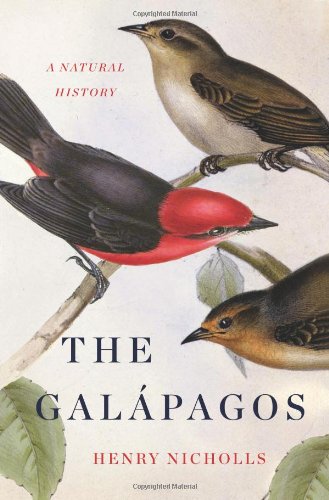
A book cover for The GalÃ¡pagos: A Natural History; Henry Nicholls; History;